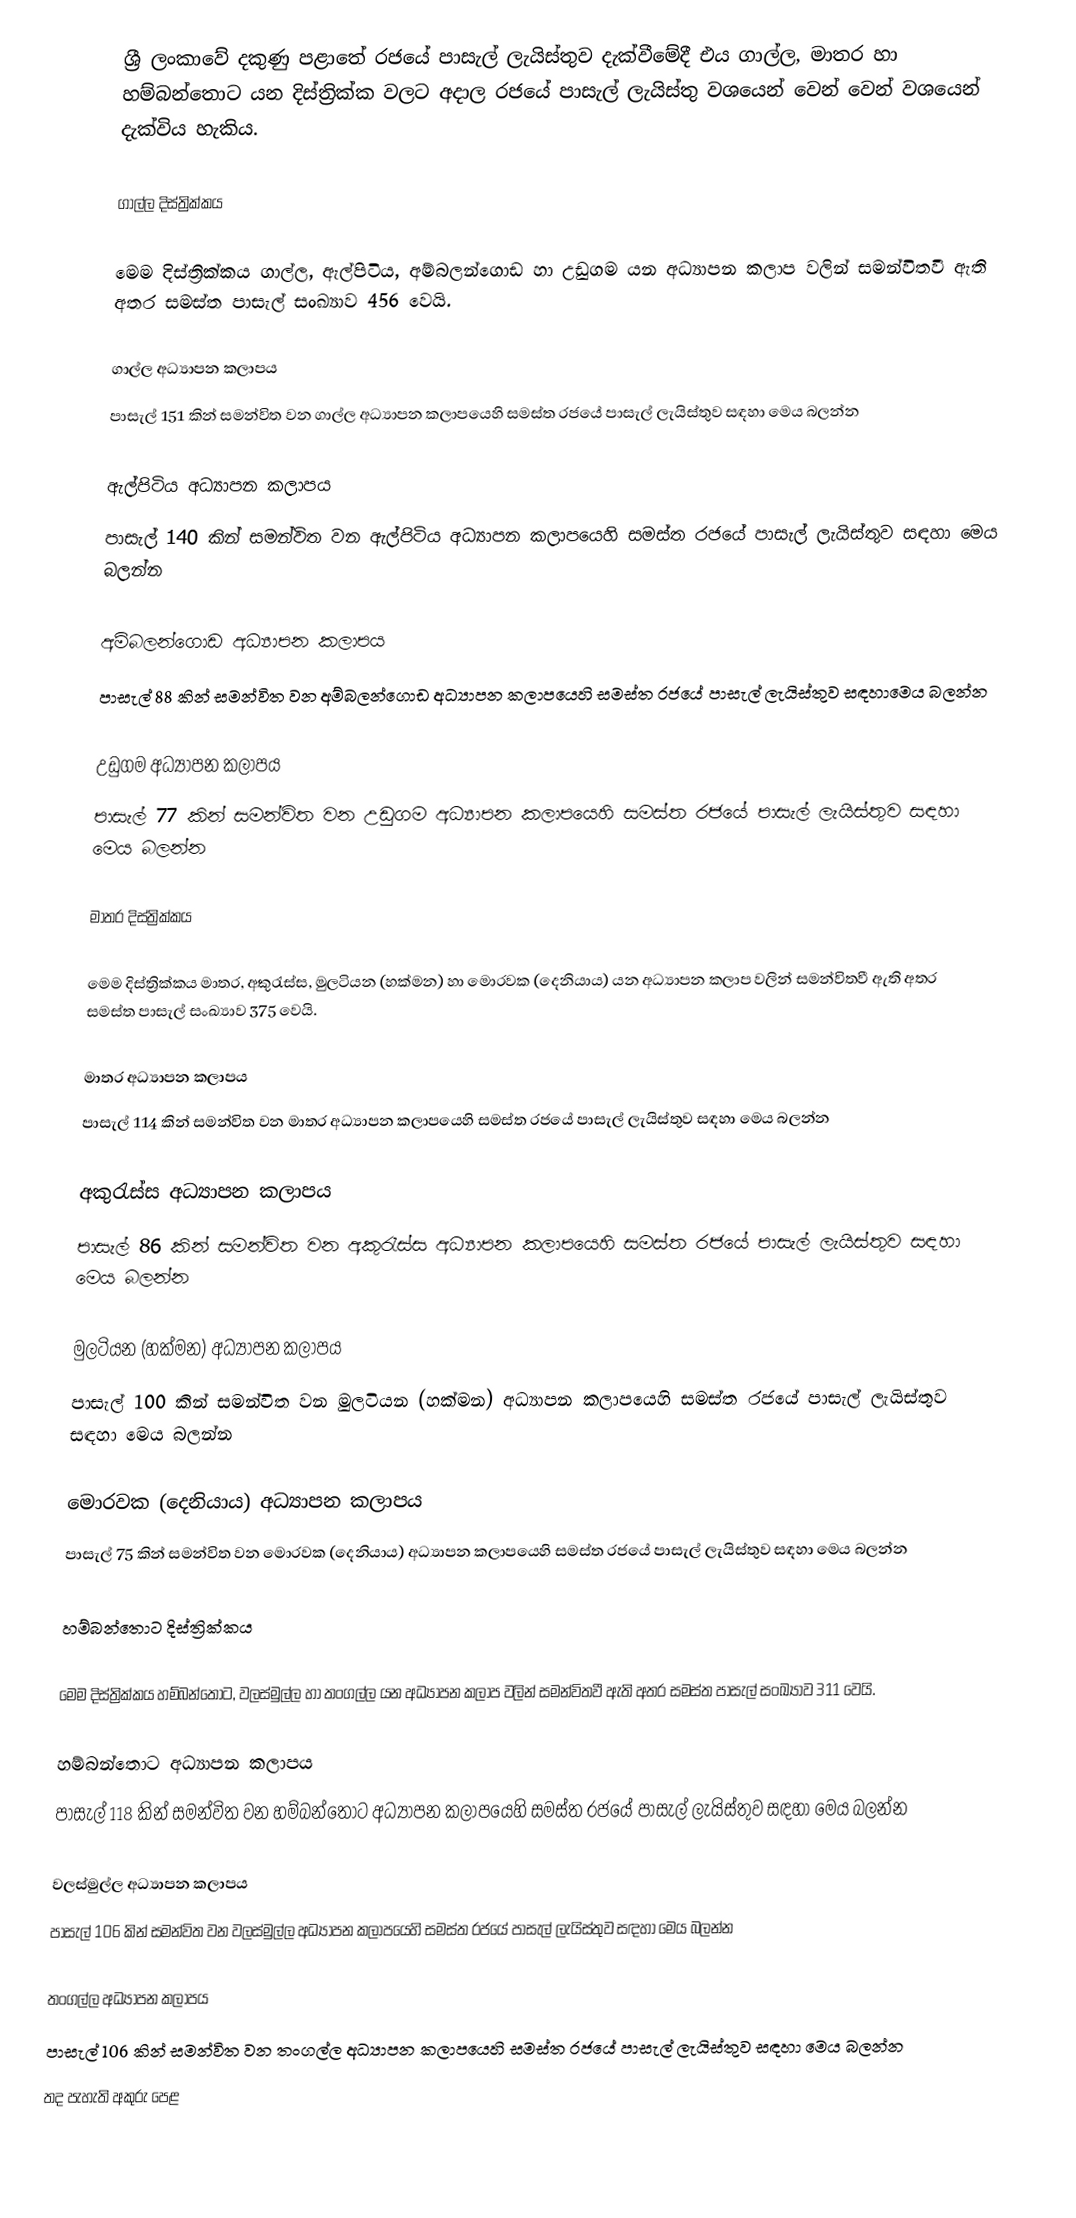
ශ්‍රී ලංකාවේ දකුණු පළාතේ රජයේ පාසැල් ලැයිස්තුව දැක්වීමේදී එය ගාල්ල,  මාතර හා  හම්බන්තොට  යන දිස්ත්‍රික්ක වලට අදාල රජයේ පාසැල් ලැයිස්තු වශයෙන් වෙන් වෙන් වශයෙන් දැක්විය හැකිය.

ගාල්ල දිස්ත්‍රික්කය

මෙම දිස්ත්‍රික්කය ගාල්ල, ඇල්පිටිය, අම්බලන්ගොඩ හා උඩුගම යන අධ්‍යාපන කලාප වලින් සමන්විතවී ඇති අතර සමස්ත පාසැල් සංඛ්‍යාව 456 වෙයි.

ගාල්ල අධ්‍යාපන කලාපය
පාසැල් 151 කින් සමන්විත වන ගාල්ල අධ්‍යාපන කලාපයෙහි සමස්ත රජයේ පාසැල් ලැයිස්තුව සඳහා මෙය බලන්න

ඇල්පිටිය අධ්‍යාපන කලාපය
පාසැල් 140 කින් සමන්විත වන ඇල්පිටිය අධ්‍යාපන කලාපයෙහි සමස්ත රජයේ පාසැල් ලැයිස්තුව සඳහා මෙය බලන්න

අම්බලන්ගොඩ  අධ්‍යාපන කලාපය
පාසැල් 88 කින් සමන්විත වන අම්බලන්ගොඩ  අධ්‍යාපන කලාපයෙහි සමස්ත රජයේ පාසැල් ලැයිස්තුව සඳහාමෙය බලන්න

උඩුගම අධ්‍යාපන කලාපය
පාසැල් 77 කින් සමන්විත වන උඩුගම අධ්‍යාපන කලාපයෙහි සමස්ත රජයේ පාසැල් ලැයිස්තුව සඳහා මෙය බලන්න

මාතර දිස්ත්‍රික්කය

මෙම දිස්ත්‍රික්කය මාතර, අකුරැස්ස, මුලටියන (හක්මන) හා මොරවක (දෙනියාය) යන අධ්‍යාපන කලාප වලින් සමන්විතවී ඇති අතර සමස්ත පාසැල් සංඛ්‍යාව 375 වෙයි.

මාතර අධ්‍යාපන කලාපය
පාසැල් 114 කින් සමන්විත වන මාතර අධ්‍යාපන කලාපයෙහි සමස්ත රජයේ පාසැල් ලැයිස්තුව සඳහා මෙය බලන්න

අකුරැස්ස අධ්‍යාපන කලාපය
පාසැල් 86 කින් සමන්විත වන අකුරැස්ස අධ්‍යාපන කලාපයෙහි සමස්ත රජයේ පාසැල් ලැයිස්තුව සඳහා මෙය බලන්න

මුලටියන (හක්මන) අධ්‍යාපන කලාපය
පාසැල් 100 කින් සමන්විත වන මුලටියන (හක්මන) අධ්‍යාපන කලාපයෙහි සමස්ත රජයේ පාසැල් ලැයිස්තුව සඳහා මෙය බලන්න

මොරවක (දෙනියාය) අධ්‍යාපන කලාපය
පාසැල් 75 කින් සමන්විත වන මොරවක (දෙනියාය) අධ්‍යාපන කලාපයෙහි සමස්ත රජයේ පාසැල් ලැයිස්තුව සඳහා මෙය බලන්න

හම්බන්තොට දිස්ත්‍රික්කය

මෙම දිස්ත්‍රික්කය හම්බන්තොට, වලස්මුල්ල හා තංගල්ල යන අධ්‍යාපන කලාප වලින් සමන්විතවී ඇති අතර සමස්ත පාසැල් සංඛ්‍යාව 311 වෙයි.

හම්බන්තොට අධ්‍යාපන කලාපය
පාසැල් 118 කින් සමන්විත වන හම්බන්තොට අධ්‍යාපන කලාපයෙහි සමස්ත රජයේ පාසැල් ලැයිස්තුව සඳහා මෙය බලන්න

වලස්මුල්ල අධ්‍යාපන කලාපය
පාසැල් 106 කින් සමන්විත වන වලස්මුල්ල අධ්‍යාපන කලාපයෙහි සමස්ත රජයේ පාසැල් ලැයිස්තුව සඳහා මෙය බලන්න

තංගල්ල අධ්‍යාපන කලාපය
පාසැල් 106 කින් සමන්විත වන තංගල්ල අධ්‍යාපන කලාපයෙහි සමස්ත රජයේ පාසැල් ලැයිස්තුව සඳහා මෙය බලන්න
තද පැහැති අකුරු පෙළ